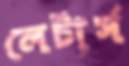
লেটার্স